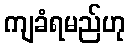
ကျခံရမည်ဟု